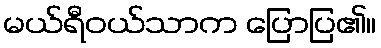
မယ်ရီဝယ်သာက ပြောပြ၏။